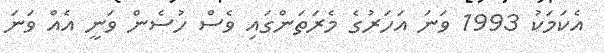
އެކަމަކު 1993 ވަނަ އަހަރުގެ މެރަތަންގައި ވެސް ހުސެން ވަނީ އެއް ވަނަ